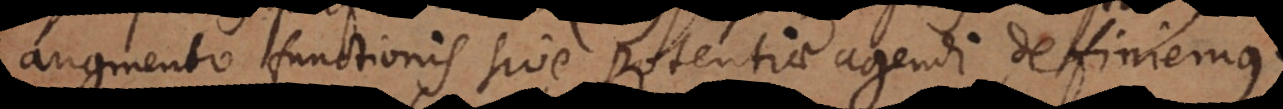
augmento functionis sive potentiae agendi definiemus.